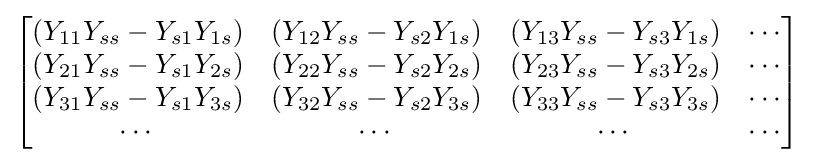
{\begin{bmatrix}(Y_{11}Y_{ss}-Y_{s1}Y_{1s})&(Y_{12}Y_{ss}-Y_{s2}Y_{1s})&(Y_{13}Y_{ss}-Y_{s3}Y_{1s})&\cdots \\(Y_{21}Y_{ss}-Y_{s1}Y_{2s})&(Y_{22}Y_{ss}-Y_{s2}Y_{2s})&(Y_{23}Y_{ss}-Y_{s3}Y_{2s})&\cdots \\(Y_{31}Y_{ss}-Y_{s1}Y_{3s})&(Y_{32}Y_{ss}-Y_{s2}Y_{3s})&(Y_{33}Y_{ss}-Y_{s3}Y_{3s})&\cdots \\\cdots &\cdots &\cdots &\cdots \end{bmatrix}}